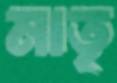
মাতৃ